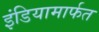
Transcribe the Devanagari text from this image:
इंडियामार्फत